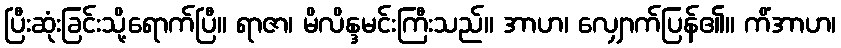
ပြီးဆုံးခြင်းသို့ရောက်ပြီ။ ရာဇာ၊ မိလိန္ဒမင်းကြီးသည်။ အာဟ၊ လျှောက်ပြန်၏။ ကိံအာဟ၊